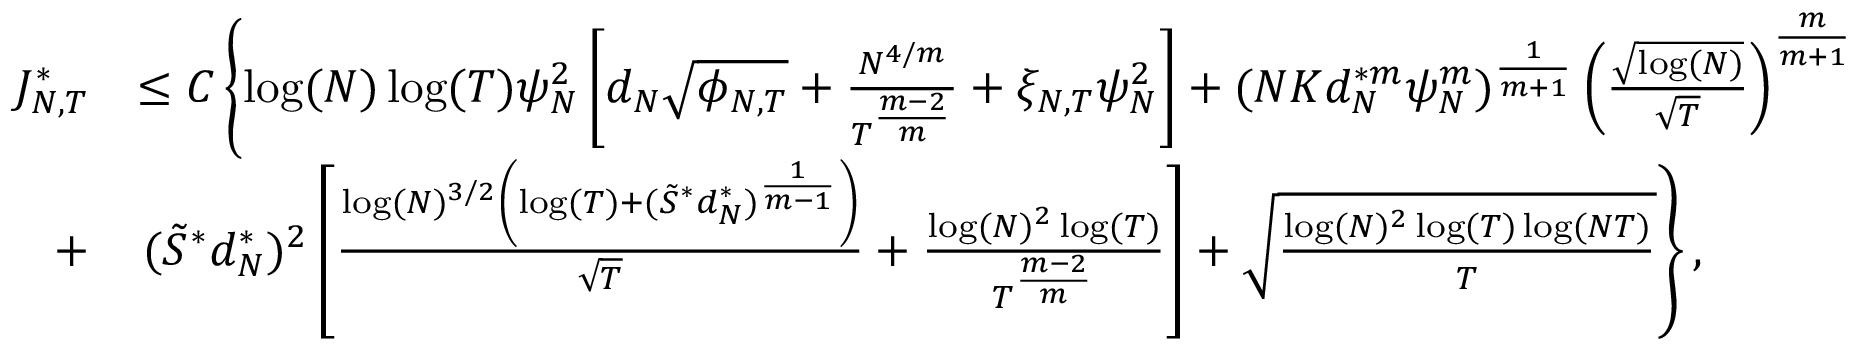
\begin{array} { r l } { { J _ { N , T } ^ { * } } } & { \leq C \left\lbrace \log ( N ) \log ( T ) \psi _ { N } ^ { 2 } \left[ d _ { N } \sqrt { \phi _ { N , T } } + \frac { N ^ { 4 / m } } { T ^ { \frac { m - 2 } { m } } } + \xi _ { N , T } \psi _ { N } ^ { 2 } \right] + ( N K d _ { N } ^ { * m } \psi _ { N } ^ { m } ) ^ { \frac { 1 } { m + 1 } } \left( \frac { \sqrt { \log ( N ) } } { \sqrt { T } } \right) ^ { \frac { m } { m + 1 } } \right. } \\ { + } & { \left. ( \tilde { S } ^ { * } d _ { N } ^ { * } ) ^ { 2 } \left[ \frac { \log ( N ) ^ { 3 / 2 } \left( \log ( T ) + ( \tilde { S } ^ { * } d _ { N } ^ { * } ) ^ { \frac { 1 } { m - 1 } } \right) } { \sqrt { T } } + \frac { \log ( N ) ^ { 2 } \log ( T ) } { T ^ { \frac { m - 2 } { m } } } \right] + \sqrt { \frac { \log ( N ) ^ { 2 } \log ( T ) \log ( N T ) } { T } } \right\rbrace , } \end{array}